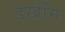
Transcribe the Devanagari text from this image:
डर्खीम